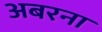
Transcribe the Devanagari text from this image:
अबरना